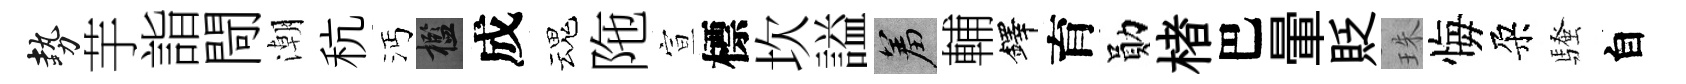
勢芋詣閜潮秔沔檻成魂陁宣標坎謚羞輔鐸育勛楮巴暈貶珠悔朶騷自